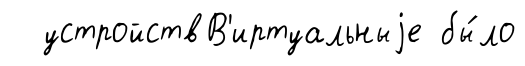
устройствВ'иртуальныjе бы́ло